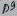
Text: D9